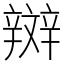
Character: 辬